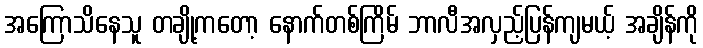
အကြောသိနေသူ တချို့ကတော့ နောက်တစ်ကြိမ် ဘာလီအလှည့်ပြန်ကျမယ့် အချိန်ကို